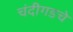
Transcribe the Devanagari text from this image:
चंदीगडचे